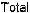
TOTAL